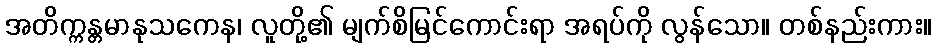
အတိက္ကန္တမာနုသကေန၊ လူတို့၏ မျက်စိမြင်ကောင်းရာ အရပ်ကို လွန်သော။ တစ်နည်းကား။